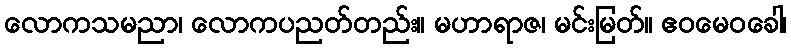
လောကသမညာ၊ လောကပညတ်တည်း။ မဟာရာဇ၊ မင်းမြတ်။ ဧဝမေဝခေါ၊